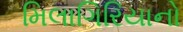
મિલાગિરિયાનો